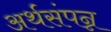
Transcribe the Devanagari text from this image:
अर्थसंपन्न